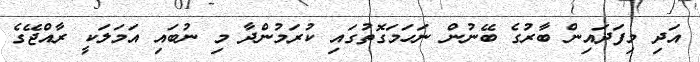
އަދި މިފަދައިން ބާރުގެ ބޭނުން ނަހަމަގޮތުގައި ކުރަމުންދާ މި ނުބައި އަމަލަކީ ރާއްޖޭގެ